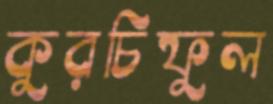
কুরচিফুল